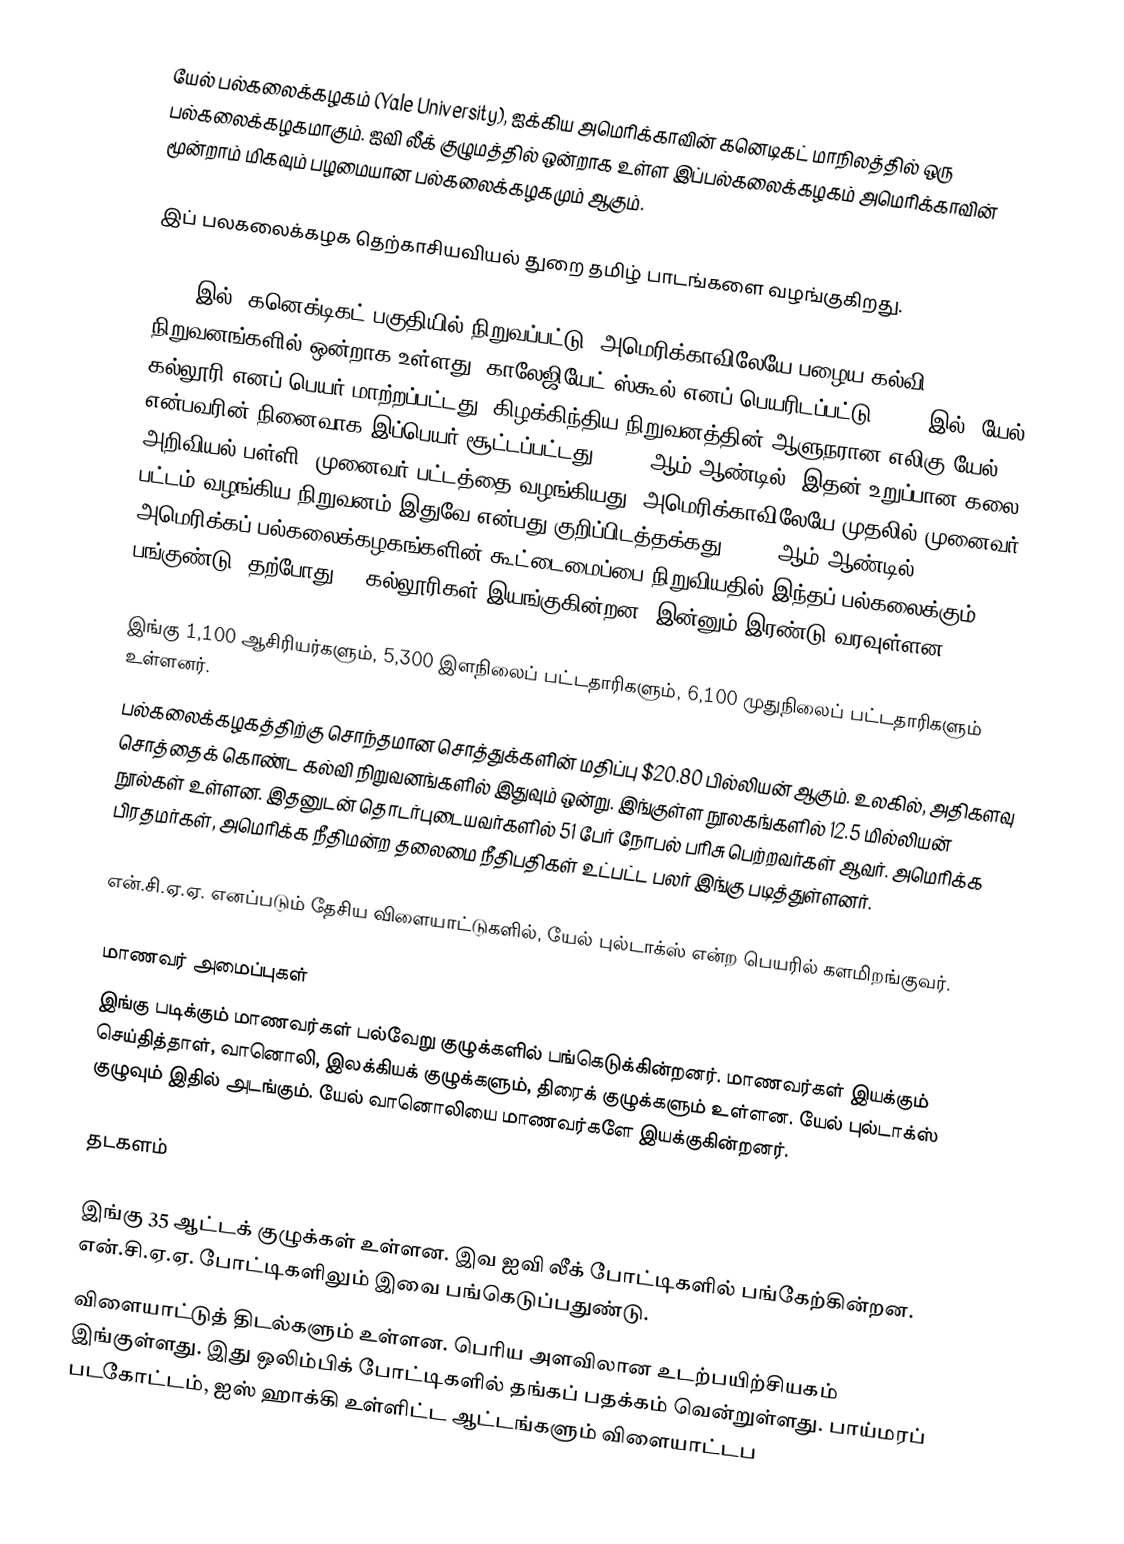
யேல் பல்கலைக்கழகம் (Yale University), ஐக்கிய அமெரிக்காவின் கனெடிகட் மாநிலத்தில் ஒரு பல்கலைக்கழகமாகும். ஐவி லீக் குழுமத்தில் ஒன்றாக உள்ள இப்பல்கலைக்கழகம் அமெரிக்காவின் மூன்றாம் மிகவும் பழமையான பல்கலைக்கழகமும் ஆகும்.

இப் பலகலைக்கழக தெற்காசியவியல் துறை தமிழ் பாடங்களை வழங்குகிறது.

1701 இல், கனெக்டிகட் பகுதியில் நிறுவப்பட்டு, அமெரிக்காவிலேயே பழைய கல்வி நிறுவனங்களில் ஒன்றாக உள்ளது. காலேஜியேட் ஸ்கூல் எனப் பெயரிடப்பட்டு, 1718 இல், யேல் கல்லூரி எனப் பெயர் மாற்றப்பட்டது. கிழக்கிந்திய நிறுவனத்தின் ஆளுநரான எலிகு யேல் என்பவரின் நினைவாக இப்பெயர் சூட்டப்பட்டது. 1861 ஆம் ஆண்டில், இதன் உறுப்பான கலை, அறிவியல் பள்ளி, முனைவர் பட்டத்தை வழங்கியது. அமெரிக்காவிலேயே முதலில் முனைவர் பட்டம் வழங்கிய நிறுவனம் இதுவே என்பது குறிப்பிடத்தக்கது. 1900 ஆம் ஆண்டில், அமெரிக்கப் பல்கலைக்கழகங்களின் கூட்டைமைப்பை நிறுவியதில் இந்தப் பல்கலைக்கும் பங்குண்டு. தற்போது 12 கல்லூரிகள் இயங்குகின்றன. இன்னும் இரண்டு வரவுள்ளன.

இங்கு 1,100 ஆசிரியர்களும், 5,300 இளநிலைப் பட்டதாரிகளும், 6,100 முதுநிலைப் பட்டதாரிகளும் உள்ளனர்.
 பல்கலைக்கழகத்திற்கு சொந்தமான சொத்துக்களின் மதிப்பு $20.80  பில்லியன் ஆகும். உலகில், அதிகளவு சொத்தைக் கொண்ட கல்வி நிறுவனங்களில் இதுவும் ஒன்று. இங்குள்ள நூலகங்களில் 12.5  மில்லியன் நூல்கள் உள்ளன. இதனுடன் தொடர்புடையவர்களில் 51 பேர் நோபல் பரிசு பெற்றவர்கள் ஆவர். அமெரிக்க பிரதமர்கள், அமெரிக்க நீதிமன்ற தலைமை நீதிபதிகள் உட்பட்ட பலர் இங்கு படித்துள்ளனர்.

என்.சி.ஏ.ஏ. எனப்படும் தேசிய விளையாட்டுகளில், யேல் புல்டாக்ஸ் என்ற பெயரில் களமிறங்குவர்.

மாணவர் அமைப்புகள்
இங்கு படிக்கும் மாணவர்கள் பல்வேறு குழுக்களில் பங்கெடுக்கின்றனர். மாணவர்கள் இயக்கும் செய்தித்தாள், வானொலி, இலக்கியக் குழுக்களும், திரைக் குழுக்களும் உள்ளன. யேல் புல்டாக்ஸ் குழுவும் இதில் அடங்கும். யேல் வானொலியை மாணவர்களே இயக்குகின்றனர்.

தடகளம்

இங்கு 35 ஆட்டக் குழுக்கள் உள்ளன. இவ ஐவி லீக் போட்டிகளில் பங்கேற்கின்றன. என்.சி.ஏ.ஏ. போட்டிகளிலும் இவை பங்கெடுப்பதுண்டு.
விளையாட்டுத் திடல்களும் உள்ளன. பெரிய அளவிலான உடற்பயிற்சியகம் இங்குள்ளது. இது ஒலிம்பிக் போட்டிகளில் தங்கப் பதக்கம் வென்றுள்ளது. பாய்மரப் படகோட்டம், ஐஸ் ஹாக்கி உள்ளிட்ட ஆட்டங்களும் விளையாட்டப